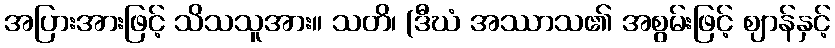
အပြားအားဖြင့် သိသသူအား။ သတိ၊ (ဒီဃံ အဿာသ၏ အစွမ်းဖြင့် ဈာန်နှင့်